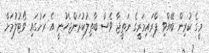
މީގެ ކުރިން ބޭއްވި ޕްރައިމަރީގެ ނަތީޖާ ވެސް ބާތިލުކުރަންޖެހުނީ އެ ރަށުގައި ވޯޓުލުމަށް